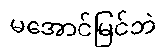
မအောင်မြင်ဘဲ